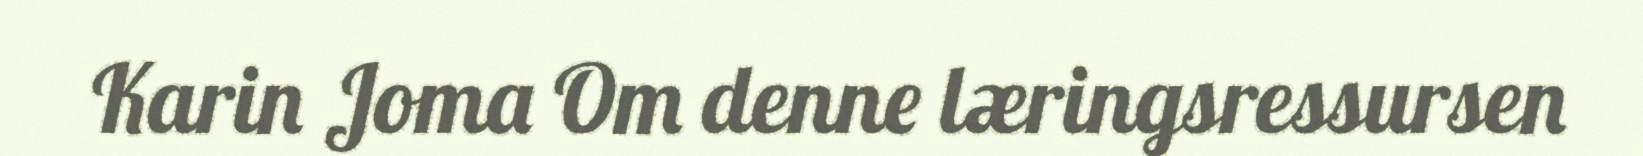
Karin Joma Om denne læringsressursen